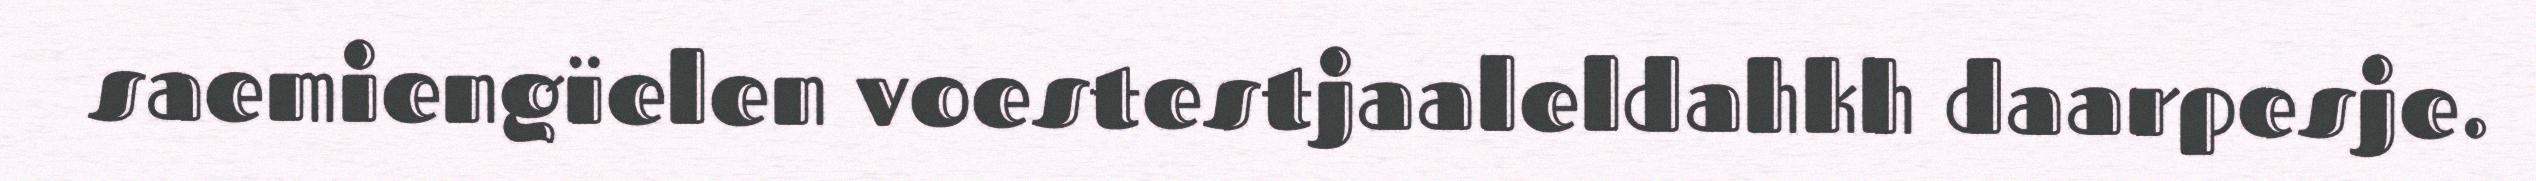
saemiengïelen voestestjaaleldahkh daarpesje.